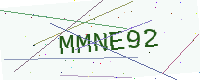
Text: MMNE92